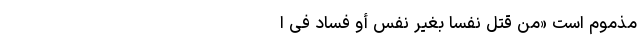
مذموم است «مَنْ قَتَلَ نَفْسَاً بِغَیْرِ نَفْسٍ أوْ فَسَادٍ فِی ا